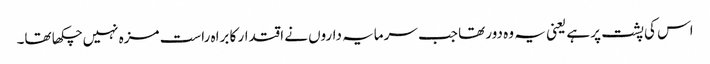
اس کی پشت پر ہے یعنی یہ وہ دور تھا جب سرمایہ داروں نے اقتدار کا براہ راست مزہ نہیں چکھا تھا۔